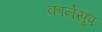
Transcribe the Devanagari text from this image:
कार्नसूप